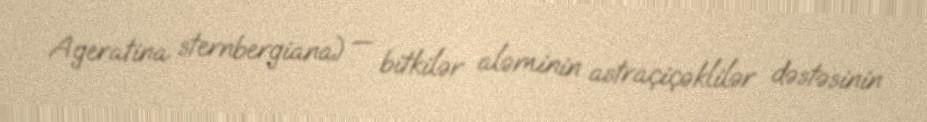
Ageratina sternbergiana) — bitkilər aləminin astraçiçəklilər dəstəsinin